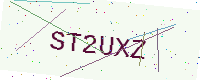
Text: ST2UXZ